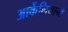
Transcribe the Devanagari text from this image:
आर्केलियानो